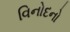
વિનોદનો